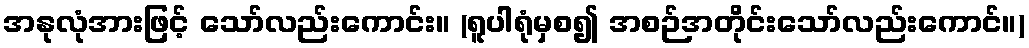
အနုလုံအားဖြင့် သော်လည်းကောင်း။ (ရူပါရုံမှစ၍ အစဉ်အတိုင်းသော်လည်းကောင်။)